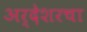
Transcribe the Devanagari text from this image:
अर्देशरचा